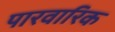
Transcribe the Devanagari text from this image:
पारवारिक